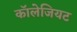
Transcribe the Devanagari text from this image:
कॉलेजियट